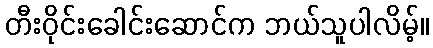
တီးဝိုင်းခေါင်းဆောင်က ဘယ်သူပါလိမ့်။